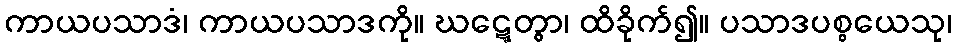
ကာယပသာဒံ၊ ကာယပသာဒကို။ ဃဋ္ဋေတွာ၊ ထိခိုက်၍။ ပသာဒပစ္စယေသု၊